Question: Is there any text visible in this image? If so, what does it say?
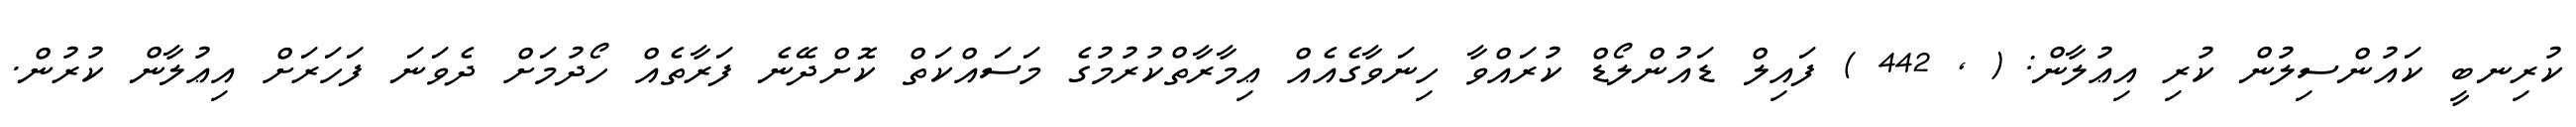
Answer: ކުރިނބީ ކައުންސިލުން ކުރި އިޢުލާން: ( , 442 ) ފައިލް ޑައުންލޯޑް ކުރައްވާ ހިނަވާގެއެއް ޢިމާރާތްކުރުމުގެ މަސައްކަތް ކޮށްދޭނެ ފަރާތެއް ހޯދުމަށް ދެވަނަ ފަހަރަށް އިޢުލާން ކުރުން.